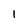
Character: 1